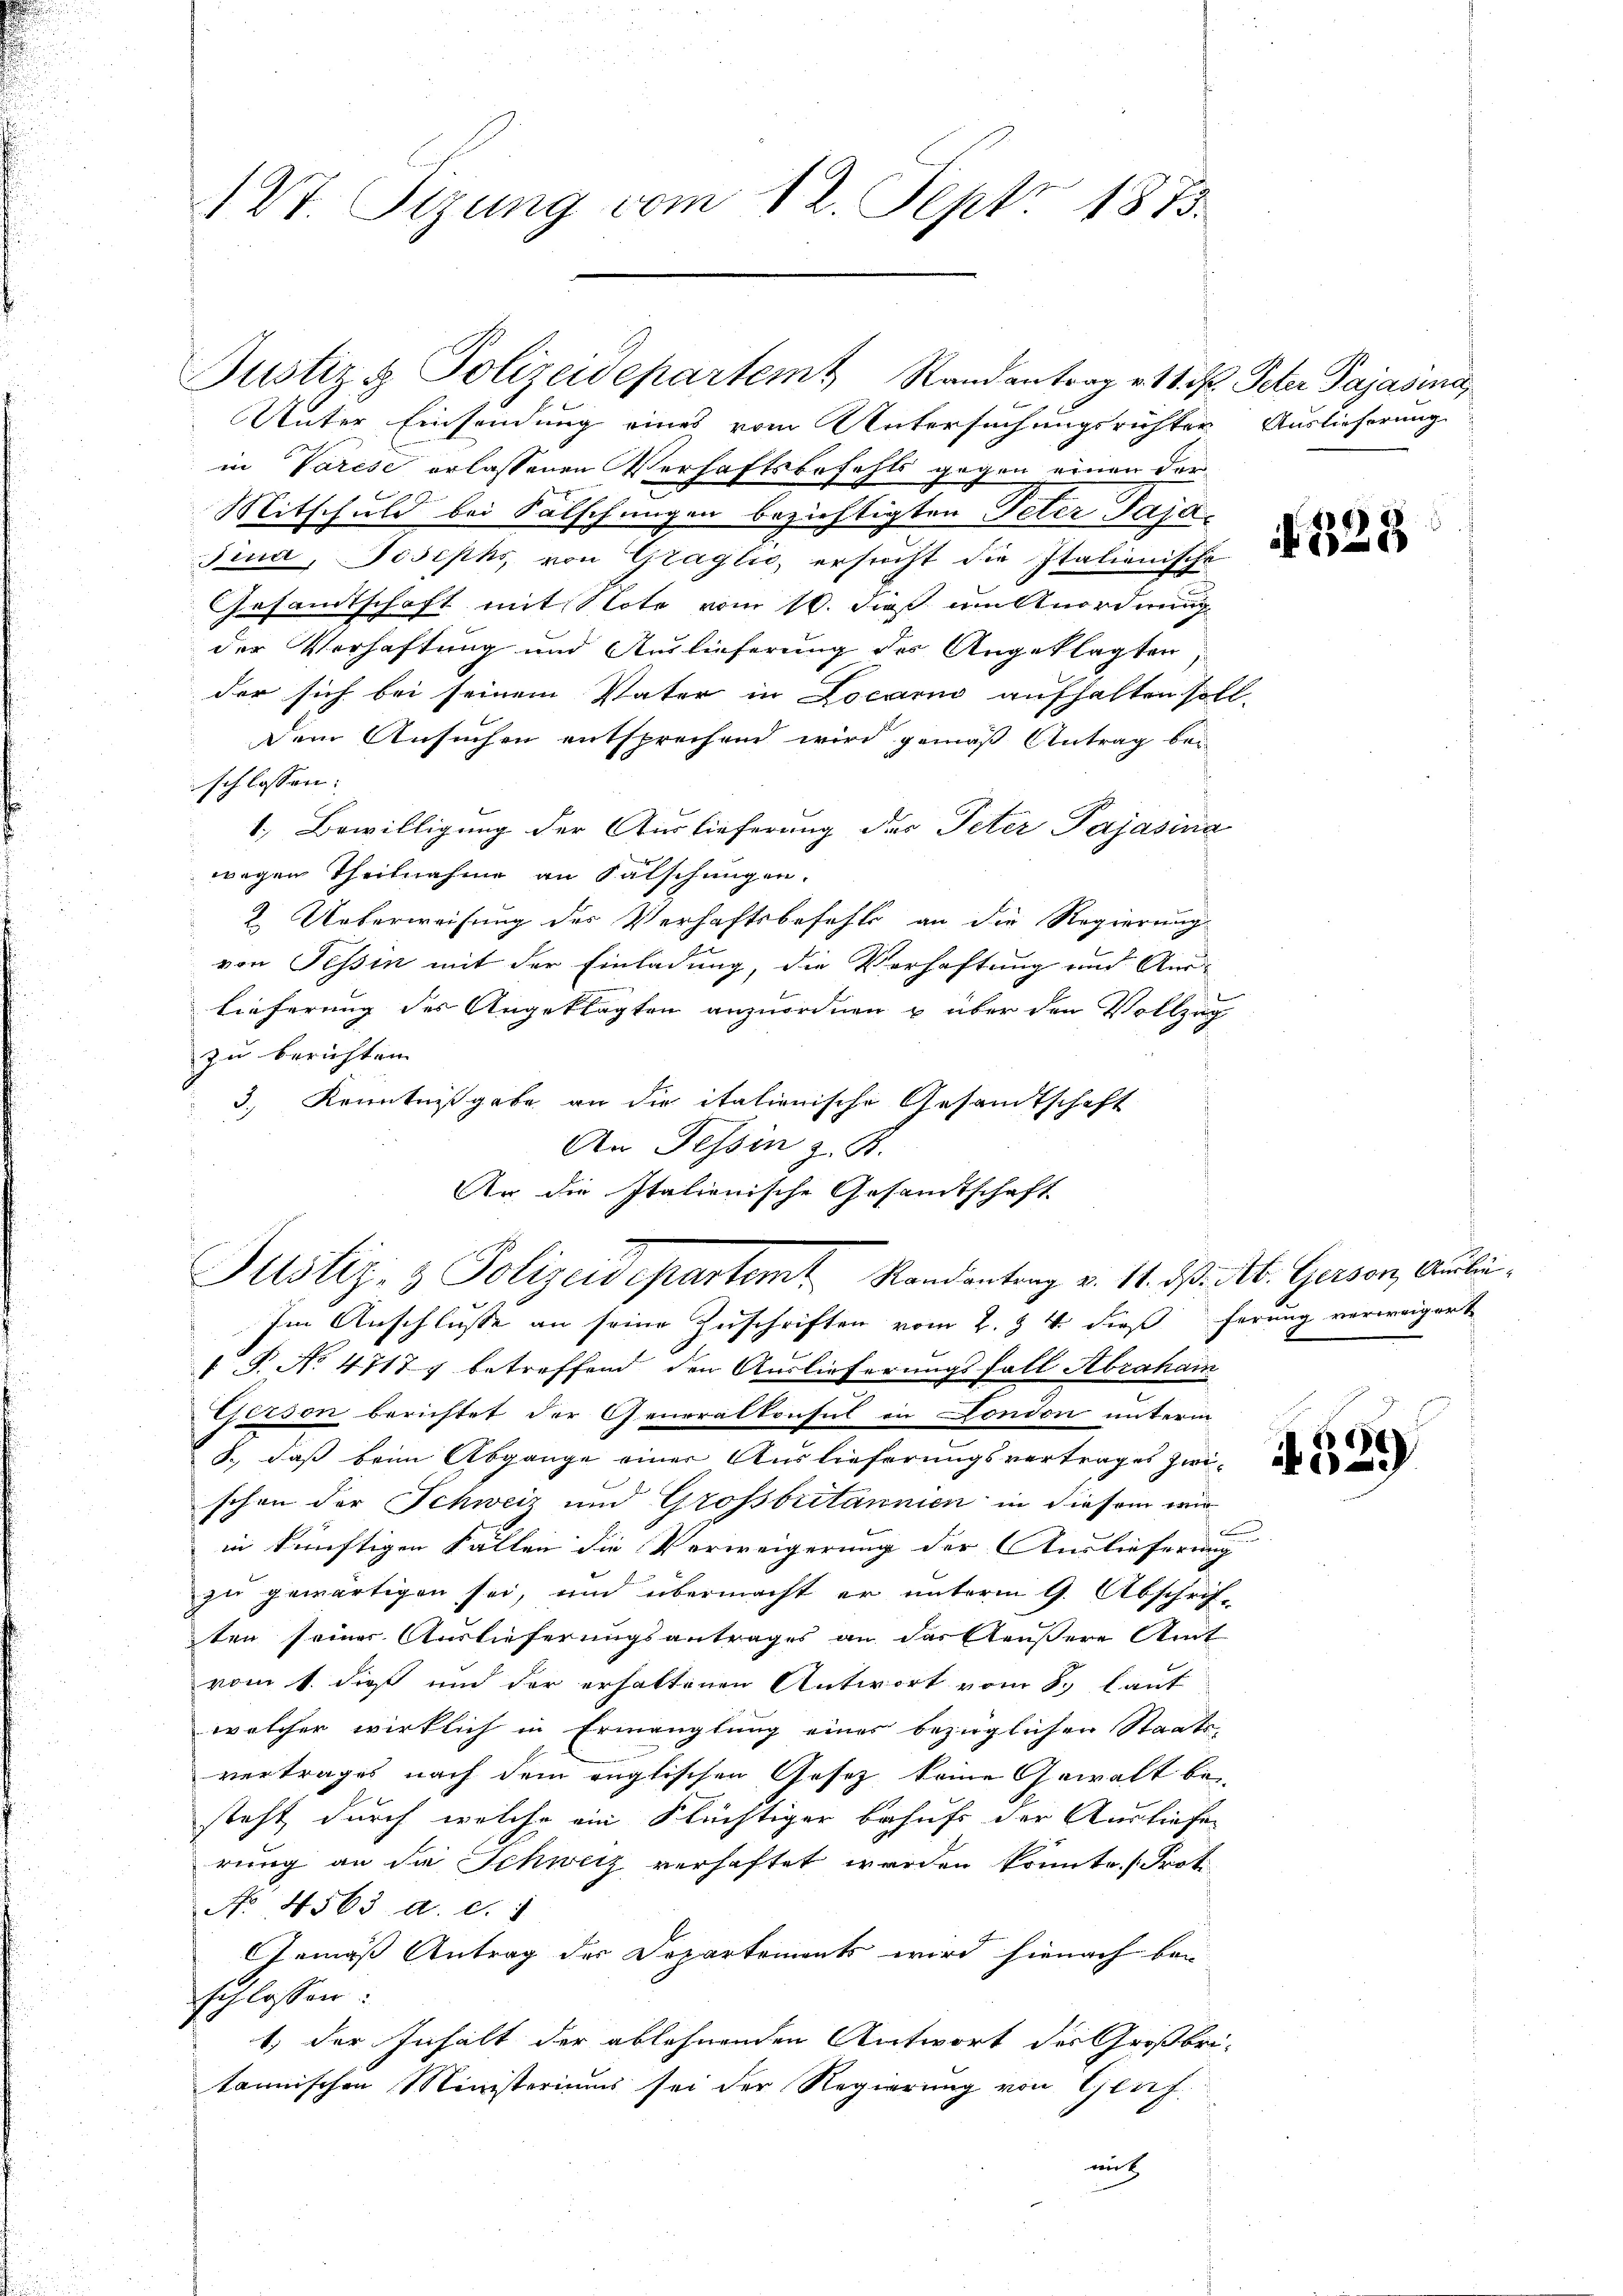
127. Sizung vom 12. Sept. 1873.

Justiz & Polizeidepartem Randantrag v. 11. M. Peter Pajašina
Unter Einsendung eines vom Untersuchungsrichter Auslieferung
in Varese erlassenen Verhaftsbefehls gegen einen der
Mitschuld bei Fälschungen beziehtigten Peter Paja¬
Find, Josiphs von Graglic, ersucht die Italienische
Gesandtschaft mit Note vom 10. dieß um Anordnung
der Verhaftung und Auslieferung des Angeklagten
der sich bei seinem Vater in Locario aufhalten soll,
dem Ansuchen entsprechend wird gemäß Antrag beschlossen:
1.) Bewilligung der Auslieferung des Peter Pajasina
wegen Theilnahme an Falschungen.
2. Ueberweisung der Verhaftsbefehls an die Regierung
von Tessin mit der Einladung, die Verhaftung und Auslieferung des Angeklagten anzuordnen u über den Vollzug
zu berichten
3., Kenntnißgabe an die italienische Gesandtschaft
An Tessin z. B.
Ar die Italienische Gesandtschaft

Justiz- & Polizeidepartemt Randantrag v. 11. ds. Ab. Gerson, Auslie¬

Im Anschlüsse an seine Zuschriften vom 2. § 4. dieß herung verweigert
 P. No 47177 betreffend den Auslieferungsfall Abraham
Gerson berichtet der Generalkonsul in Fondon unterm
8., daß beim Abgange einer Auslieferungsvertrages zwischon der Schweiz und Grossbritannien in diesem wir
in künftigen Fällen die Vorweigerung der Auslieferung
zu gewärtigen sei, und übermacht er unterm 9. Abschrif-
ten seiner Auslieferungsantrages an das Aeußere Amt
vom 1. dieß und der erhaltenen Antwort vom 8. laut
welcher wirklich in Ermanglung eines bezüglichen Staats-
vertrages nach dem englischen Gesetz keine Gewalt be
steht, durch welche ein Flüchtiger behufs der Ausliefe
rung an da Schweiz verhaftet werden konnte. Prot.
No 4563 d. d. 1
Gemäß Antrag der Departements wird hienach von
schlossen:
1. der Inhalt der ablehnenden Antwort des Großbri-
tannischen Ministeriums sei der Regierung von Gesef
mit

.

328